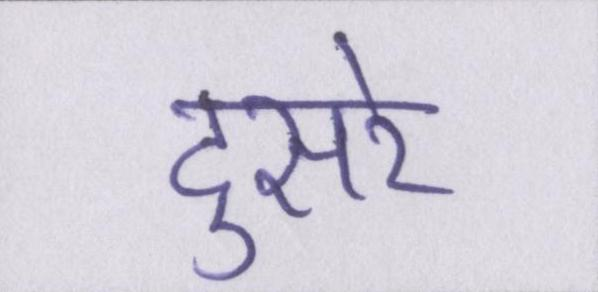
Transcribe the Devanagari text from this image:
दुसरे